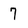
Character: 7